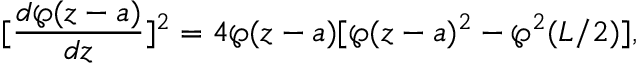
[ \frac { d \wp ( z - a ) } { d z } ] ^ { 2 } = 4 \wp ( z - a ) [ \wp ( z - a ) ^ { 2 } - \wp ^ { 2 } ( L / 2 ) ] ,